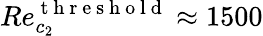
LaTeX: Re_{c_{2}}^{\mathrm{~t~h~r~e~s~h~o~l~d~}}\approx 1500